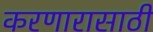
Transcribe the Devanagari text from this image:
करणारासाठी